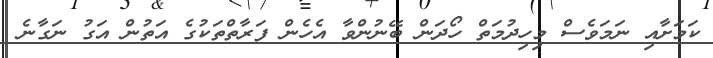
ކަމަށާއި ނަމަވެސް މިހިދުމަތް ހޯދަން ބޭނުންވާ އެހެން ފަރާތްތަކުގެ އަތުން އަގު ނަގާނެ